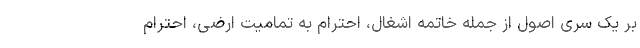
بر یک سری اصول از جمله خاتمه اشغال، احترام به تمامیت ارضی، احترام